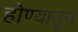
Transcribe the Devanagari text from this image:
होण्यातून